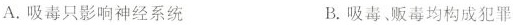
A.吸毒只影响神经系统 B.吸毒、贩毒均构成犯罪